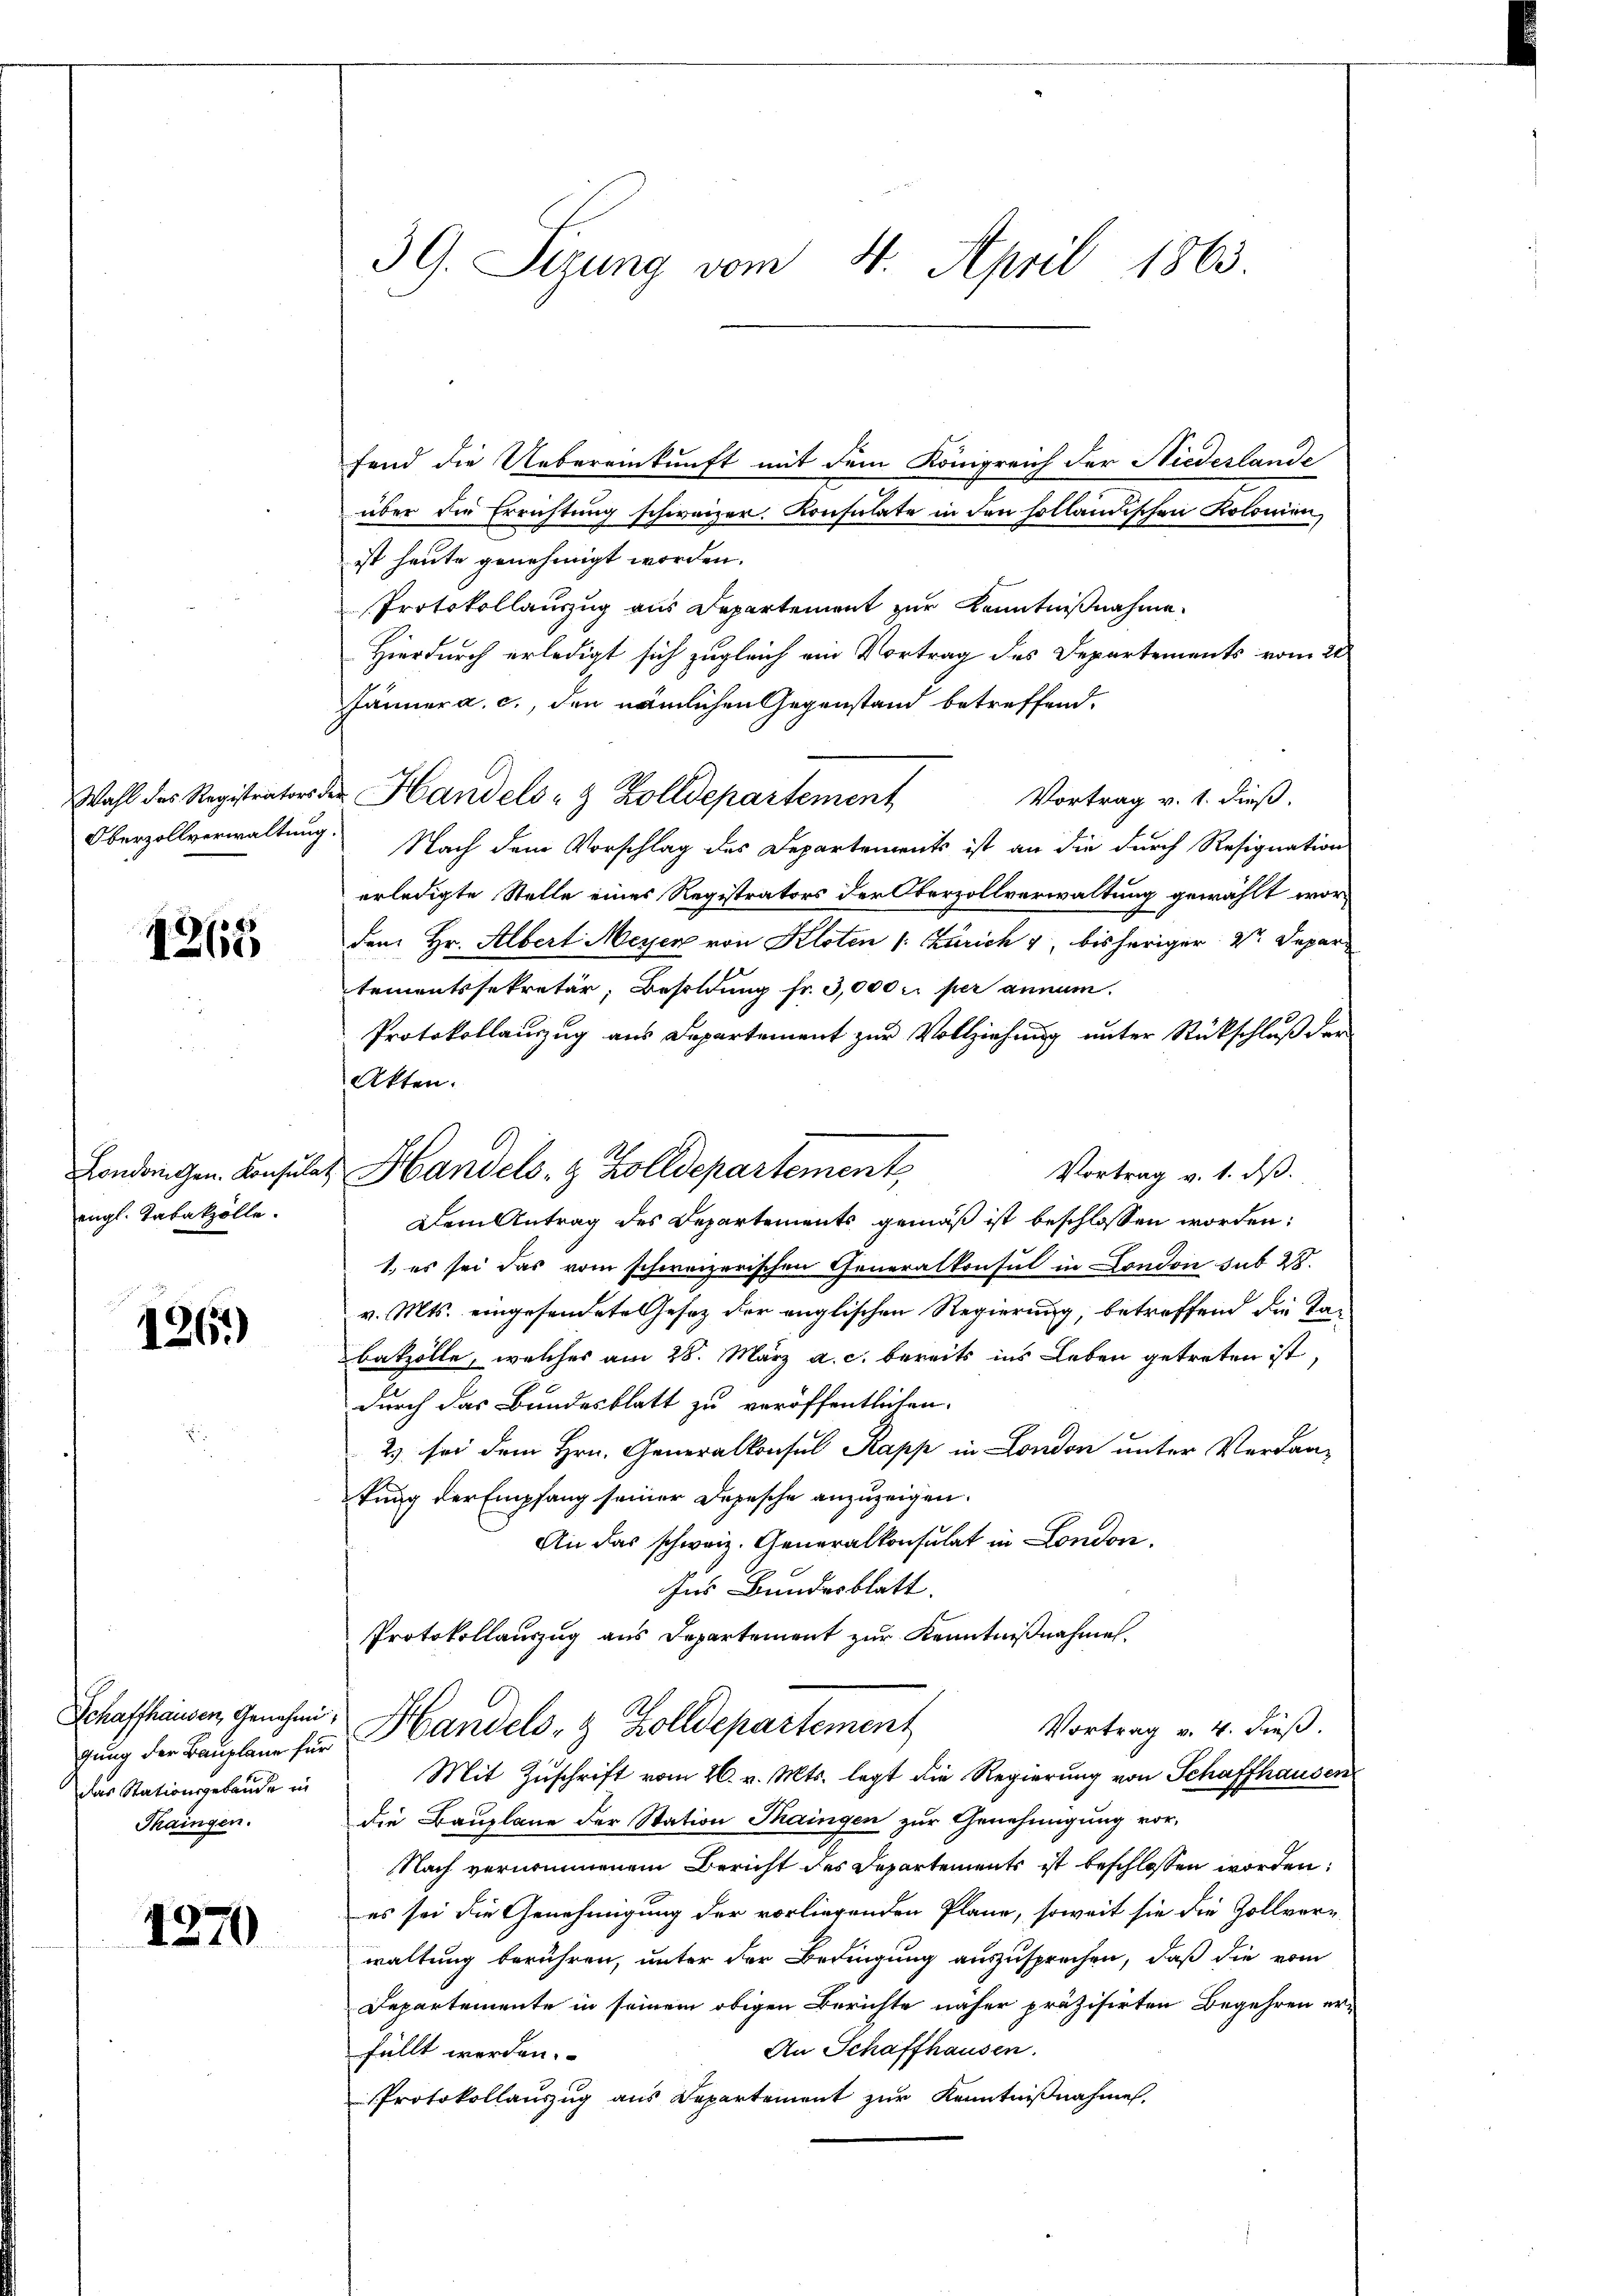
1265

engl. Tabakzolle.

1261)

Schaffhausen, Genehmidas Stationsgebäude in
Thaingen.

1270

39. Sizung vom 4. April 1863.

fend die Uebereinkunft mit dem Königreich der Niedeslande
über die Errichtung schweizer. Konsulate in den solländischen Kolonien,
ist heute genehmigt worden.
Protokollauszug aus Departement zur Kenntnißnahme.
Hierdurch erledigt sich zugleich ein Vortrag des Departements vom 20
Jänner a. c., den nämlichen Gegenstand betreffend,
Vortrag v. 1. dieß.
Oberzollverwaltung. Nach dem Vorschlag des Departements ist an die durch Resignation
erledigte Stelle eines Registrators der Oberzollverwaltung gewählt wordem Hr. Albert Meyer von Kloten (: Zürich 4, bisheriger 2 Depar
tementssekretär, Besoldung fr. 3,000 r. per annum.
Protokollanzug aus Departement zur Vollziehung unter Rückschluß der
Akten.
Vortrag v. 1. dß.
Dem Antrag des Departements gemäß ist beschlossen worden:
1. es sei das vom schweizerischen Generalkonsul in London sub 28.
v. Mts. eingesendete Gesetz der englischen Regierung, betreffend die Tan
batzölle, welches am 28. März a. c. bereits ins Leben getreten ist,
durch das Bundesblatt zu veröffentlichen
2) sei dem Hrn. Generalkonsul Kapp in London unter Verdan-
tung der Empfang seiner Depesche anzuzeigen.
An das schweiz. Generalkonsulat in London,
Ins Bundesblatt.
Protokollauszug aus Departement zur Kenntnißnahmen.
Vortrag v. 4. dieß.
gŭng der Baŭplan für Handels- & Zolldepartement
Mit Zuschrift vom 26. v. Mts. legt die Regierung von Schaffhausen
die Bauplane der Station Thaingen zur Genehmigung vor,
Nach vernommenem Bericht des Departements ist beschlossen worden,
es sei die Genehmigung der vorliegenden Plane, soweit sie die Zollver-
waltung berühren, unter der Bedingung auszusprechen, daß die vom
Departemente in seinem obigen Berichte näher präzisirten Begehren er-
An Schaffhausen.
füllt werden.
Protokollauszug aus Departement zur Kenntnißnahme.

Wahl des Registrators der Handels- & Zolldepartement

Landangen Consulat Handels- & Zolldepartement